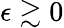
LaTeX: \epsilon\gtrsim 0